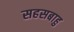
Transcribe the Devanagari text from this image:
सहसबाहु